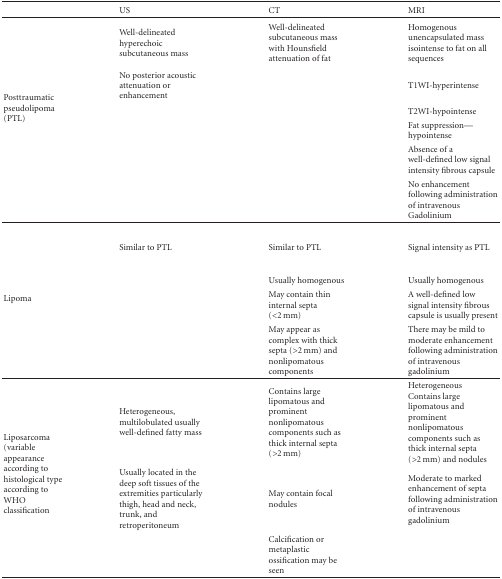
<table><thead><tr><td></td><td><b>US</b></td><td><b>CT</b></td><td><b>MRI</b></td></tr></thead><tbody><tr><td rowspan="6">Posttraumatic pseudolipoma (PTL)</td><td>Well-delineated hyperechoic subcutaneous mass</td><td>Well-delineated subcutaneous mass with Hounsfield attenuation of fat</td><td>Homogenous unencapsulated mass isointense to fat on all sequences</td></tr><tr><td>No posterior acoustic attenuation or enhancement</td><td></td><td>T1WI-hyperintense</td></tr><tr><td></td><td></td><td>T2WI-hypointense</td></tr><tr><td></td><td></td><td>Fat suppression—hypointense</td></tr><tr><td></td><td></td><td>Absence of a well-defined low signal intensity fibrous capsule</td></tr><tr><td></td><td></td><td>No enhancement following administration of intravenous Gadolinium</td></tr><tr><td rowspan="4">Lipoma</td><td>Similar to PTL</td><td>Similar to PTL</td><td>Signal intensity as PTL</td></tr><tr><td></td><td>Usually homogenous</td><td>Usually homogenous</td></tr><tr><td></td><td>May contain thin internal septa (&lt;2 mm)</td><td>A well-defined low signal intensity fibrous capsule is usually present</td></tr><tr><td></td><td>May appear as complex with thick septa (&gt;2 mm) and nonlipomatous components</td><td>There may be mild to moderate enhancement following administration of intravenous gadolinium</td></tr><tr><td rowspan="3">Liposarcoma (variable appearance according to histological type according to WHO classification</td><td> Heterogeneous, multilobulated usually well-defined fatty mass</td><td> Contains large lipomatous and prominent nonlipomatous components such as thick internal septa (&gt;2 mm)</td><td>Heterogeneous Contains large lipomatous and prominent nonlipomatous components such as thick internal septa (&gt;2 mm) and nodules</td></tr><tr><td> Usually located in the deep soft tissues of the extremities particularly thigh, head and neck, trunk, and retroperitoneum</td><td>May contain focal nodules</td><td>Moderate to marked enhancement of septa following administration of intravenous gadolinium</td></tr><tr><td></td><td>Calcification or metaplastic ossification may be seen</td><td></td></tr></tbody></table>